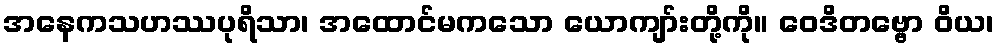
အနေကသဟဿပုရိသာ၊ အထောင်မကသော ယောကျာ်းတို့ကို။ ဝေဒိတဗ္ဗော ဝိယ၊